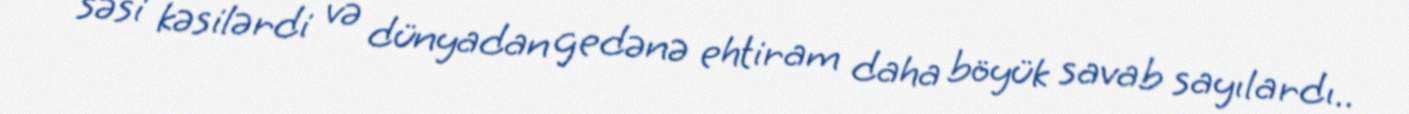
səsi kəsilərdi və dünyadan gedənə ehtiram daha böyük savab sayılardı..